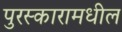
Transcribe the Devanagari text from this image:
पुरस्कारामधील